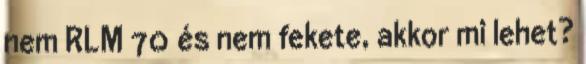
nem RLM 70 és nem fekete, akkor mi lehet?